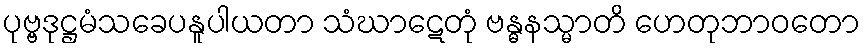
ပုဗ္ဗဒုဋ္ဌမံသခေပနူပါယတာ သံဃာဋေတုံ ဗန္ဓနသ္မာတိ ဟေတုဘာဝတော